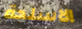
الاسلحة